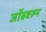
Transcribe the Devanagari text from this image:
जॉबवरून